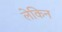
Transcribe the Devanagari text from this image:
लेकिन